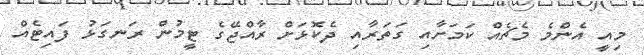
މިއީ އެންމެ މެޗެއް ކަމަށާއި ގަތަރާއި ދެކޮޅަށް ރާއްޖޭގެ ޓީމުން ރަނގަޅު ފައިޓެއް